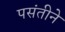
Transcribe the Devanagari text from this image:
पसंतीने